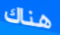
هناك